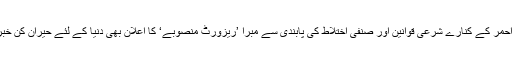
بحیرہ احمر کے کنارے شرعی قوانین اور صنفی اختلاط کی پابندی سے مبرا ’ریزورٹ منصوبے‘ کا اعلان بھی دنیا کے لئے حیران کن خبر تھی۔